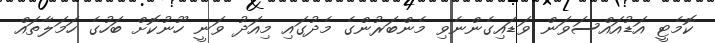
ކޮމެޓީ އަޑުއައްސަވަން ވަޑައިގެންނެވި މެންބަރުންގެ މެދުގައި މިއަދު ވަނީ ހޫނުކޮށް ބަހުގެ ހަމަލާތައް